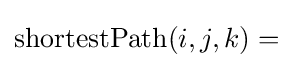
\mathrm {shortestPath} (i,j,k)=